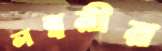
লম্বরীর